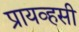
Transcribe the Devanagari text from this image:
प्रायव्हसी